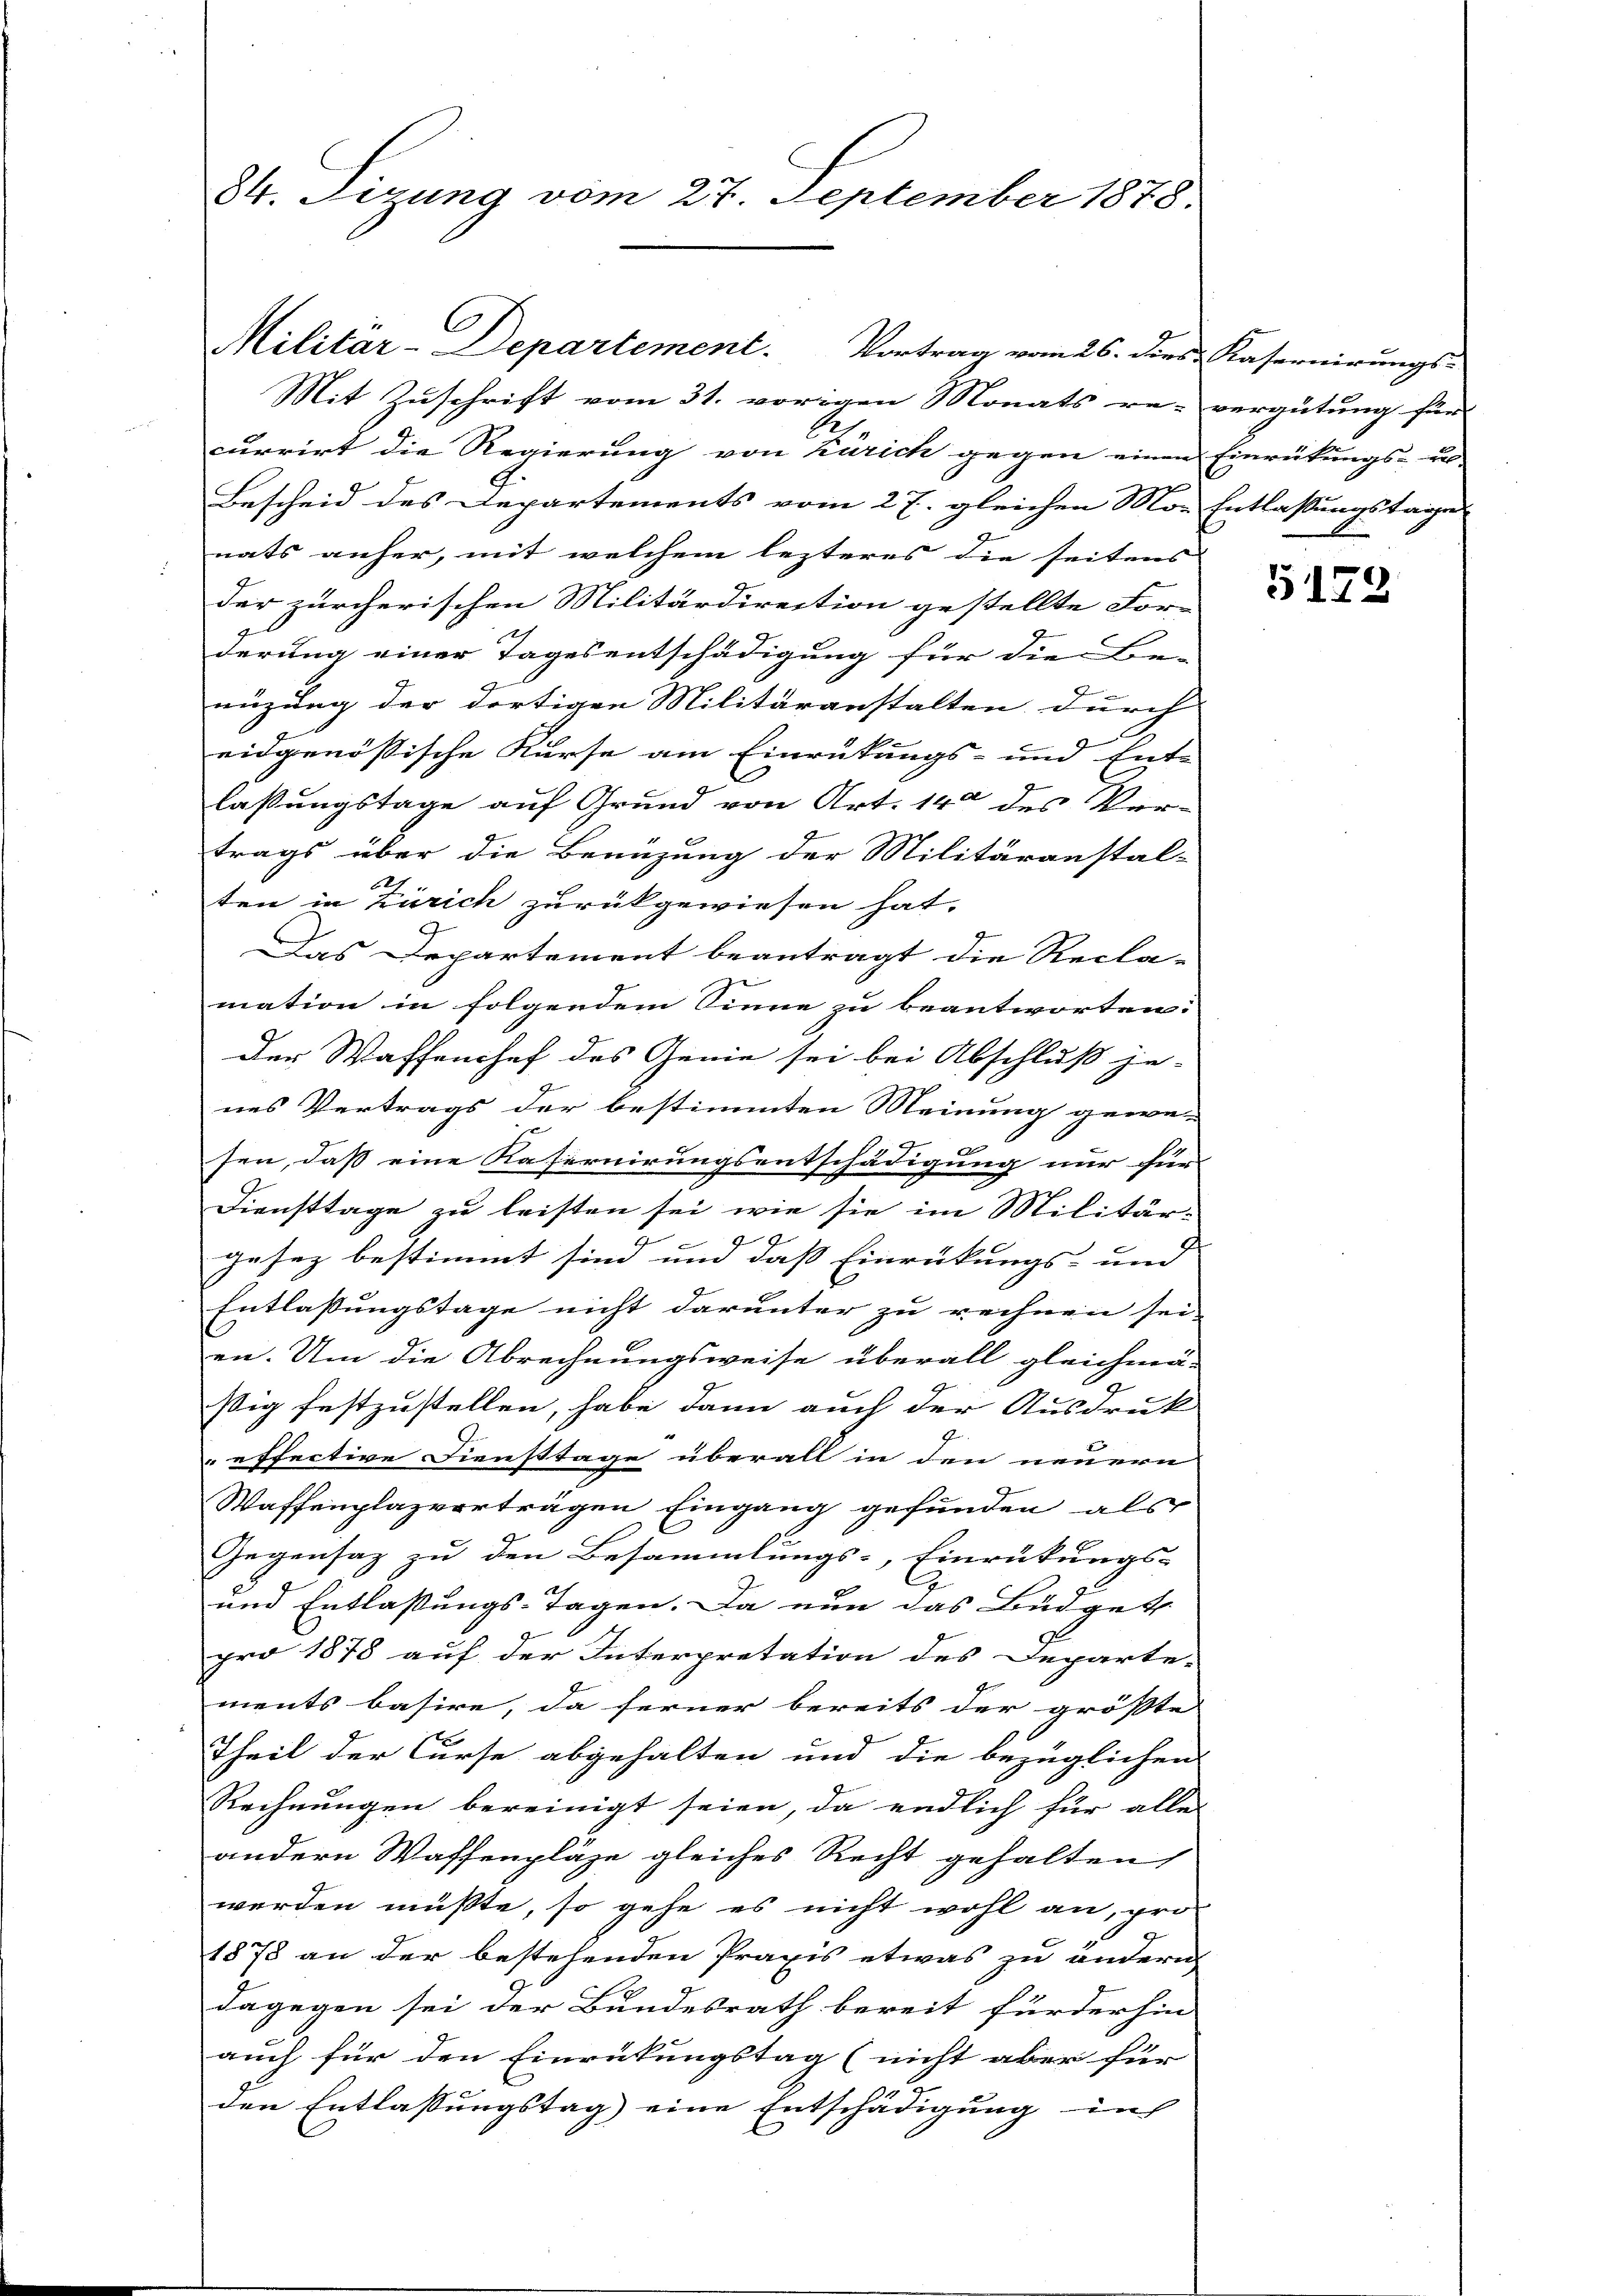
84. Fizung vom 27. September 1878.

C

Mit Zuschrift vom 31. vorigen Monats re-vergütung für
1
currirt die Regierung von Kurich gegen einen Einrückungs- us |
Bescheid des Departements vom 27. gleichen Mor Entlassungstages
nats anher, mit welchem lezteres die seitens
der zürcherischen Militärdirection gestellte For-
derung einer Tagesentschädigung für die Be-
nüzung der dortigen Militäranstalten durch
eidgenössische Kurse am Einrückungs- und Ent-
laßungstage auf Grund von Art. 14 des Ver-
trags über die Benüzung der Militäranstal-
ten in Zürich zurückgewiesen hat.
Das Departement beantragt die Recla-
d
mation in folgendem Sinne zu beantworten:
Der Waffenchef des Genie sei bei Abschluss je- |
nes Vertrags der bestimmten Meinung gewe-
sen, daß eine Rafernirungsentschädigung nur für
Diensttage zu leisten sei, wie sie im Militär-
gesez bestimmt sind und das Einrückungs- und
Entlassungstage nicht darunter zu rechnen sei- |
en. Um die Abrechnungsweise überall gleichmä-
ßig festzustellen, habe dann auch der Ausdruck
 effective Diensttage überall in den neuern
Waffenplazvorträgen Eingang gefunden, als
Gegensatz zu den Besammlungs-Einrückungs-
und Entlaßungs-Tagen. Da nun das Büdget
pro 1878 auf der Interpretation des Departe-
ments basire, da ferner bereits der grösste
Theil der Curse abgehalten und die bezüglichen
Rechnungen bereinigt seien, da endlich für alle
andern Waffenpläge gleiches Recht gehalten,
werden müßte, so gehe es nicht wohl an, pro-
1878 an der bestehenden Praxis etwas zu ändern
dagegen sei der Bundesrath bereit für der hin
auch für den Einrückungstag (nicht aber für
den Entlassungstag) eine Entschädigung in

Militar-Departement. Vortrag vom 26. dies Kasernirungs-

G179